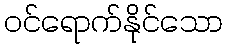
ဝင်ရောက်နိုင်သော